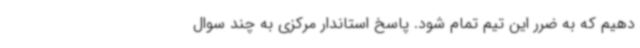
دهیم که به ضرر این تیم تمام شود. پاسخ استاندار مرکزی به چند سوال